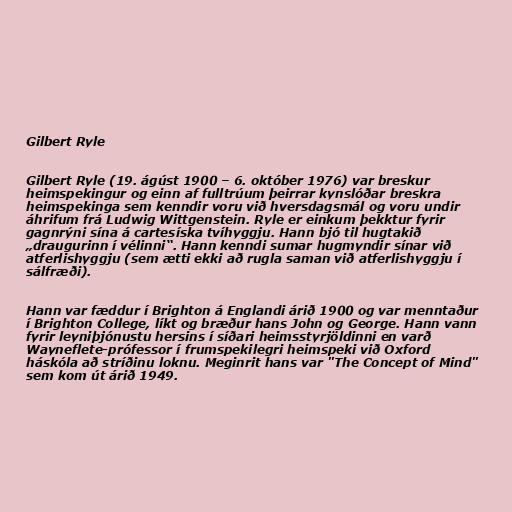
Gilbert Ryle

Gilbert Ryle (19. ágúst 1900 – 6. október 1976) var breskur
heimspekingur og einn af fulltrúum þeirrar kynslóðar breskra
heimspekinga sem kenndir voru við hversdagsmál og voru undir
áhrifum frá Ludwig Wittgenstein. Ryle er einkum þekktur fyrir
gagnrýni sína á cartesíska tvíhyggju. Hann bjó til hugtakið
„draugurinn í vélinni“. Hann kenndi sumar hugmyndir sínar við
atferlishyggju (sem ætti ekki að rugla saman við atferlishyggju í
sálfræði).

Hann var fæddur í Brighton á Englandi árið 1900 og var menntaður
í Brighton College, líkt og bræður hans John og George. Hann vann
fyrir leyniþjónustu hersins í síðari heimsstyrjöldinni en varð
Wayneflete-prófessor í frumspekilegri heimspeki við Oxford
háskóla að stríðinu loknu. Meginrit hans var "The Concept of Mind"
sem kom út árið 1949.